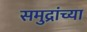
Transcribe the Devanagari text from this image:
समुद्रांच्या